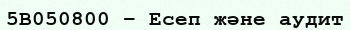
5В050800 – Есеп және аудит